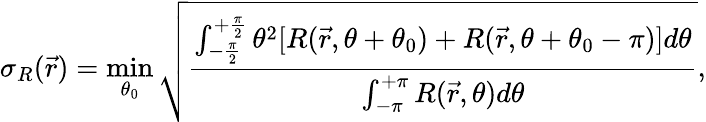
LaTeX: \sigma_{R}(\vec{r})=\operatorname*{min}_{\theta_{0}}\sqrt{\frac{\int_{-\frac{\pi}{2}}^{+\frac{\pi}{2}}\theta^{2}[R(\vec{r},\theta+\theta_{0})+R(\vec{r},\theta+\theta_{0}-\pi)]d\theta}{\int_{-\pi}^{+\pi}R(\vec{r},\theta)d\theta}},